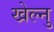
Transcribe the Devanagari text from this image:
खेल्नु